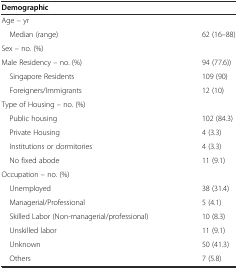
| Demographic |  |
 | --- | --- |
 | Age - yr |  |
 | Median (range) | 62 (16–88) |
 | Sex - no. (%) |  |
 | Male Residency - no. (%) | 94 (77.6)) |
 | Singapore Residents | 109 (90) |
 | Foreigners/Immigrants | 12 (10) |
 | Type of Housing - no. (%) |  |
 | Public housing | 102 (84.3) |
 | Private Housing | 4 (3.3) |
 | Institutions or dormitories | 4 (3.3) |
 | No fixed abode | 11 (9.1) |
 | Occupation - no. (%) |  |
 | Unemployed | 38 (31.4) |
 | Managerial/Professional | 5 (4.1) |
 | Skilled Labor (Non-managerial/professional) | 10 (8.3) |
 | Unskilled labor | 11 (9.1) |
 | Unknown | 50 (41.3) |
 | Others | 7 (5.8) |